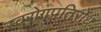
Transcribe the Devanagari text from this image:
स्वरोगप्रतिरोध